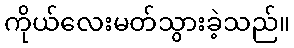
ကိုယ်လေးမတ်သွားခဲ့သည်။